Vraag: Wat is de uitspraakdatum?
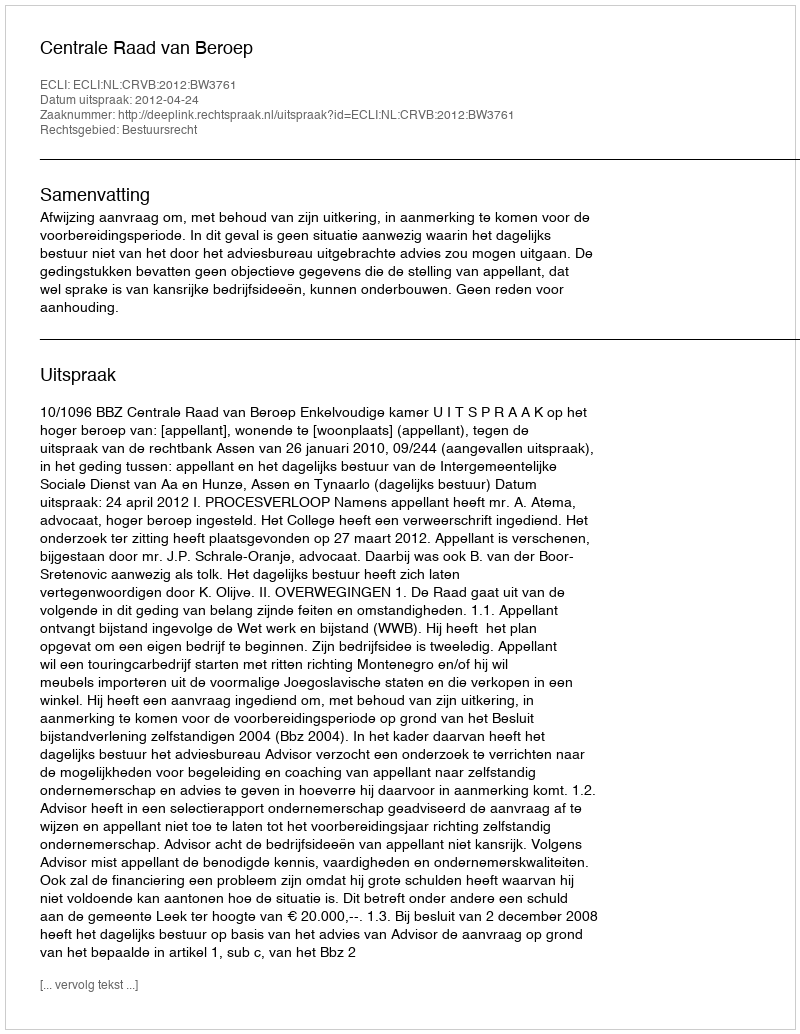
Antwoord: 2012-04-24